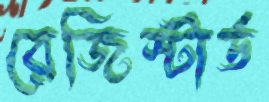
রেজিস্টার্ড